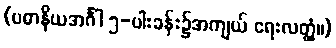
(ပဓာနိယအင်္ဂါ ၅-ပါးခန်း၌အကျယ် ရေးလတ္တံ့။)